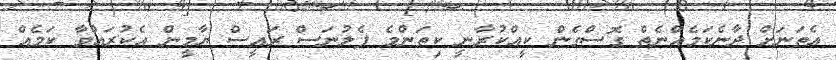
އެތަނަށް ދާނެކަމެއްނެތް ގޮސްގެން ކީއްކުރާނީ ކިތަންމެ ފެލުނަސް ރައީސް ޔާމީން އެކުރައްވާ ކަމެއް